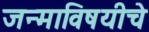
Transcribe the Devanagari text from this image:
जन्माविषयीचे